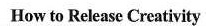
How to Release Creativity